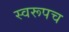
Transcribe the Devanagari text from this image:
स्वरूपच